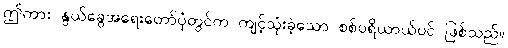
ဤကား နွယ်ခွေအရေးတော်ပုံတွင်က ကျင့်သုံးခဲ့သော စစ်ပရိယာယ်ပင် ဖြစ်သည်။